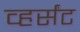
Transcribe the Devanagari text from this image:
व्हर्संट